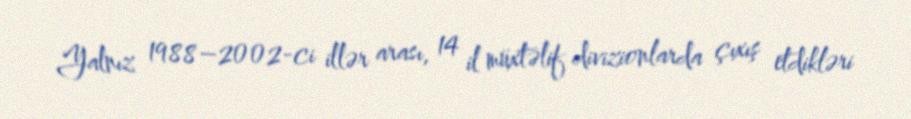
Yalnız 1988–2002-ci illər arası, 14 il müxtəlif divizionlarda çıxış etdikləri